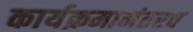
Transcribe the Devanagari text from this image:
कार्यक्रमानंतरच